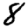
Digit: 8